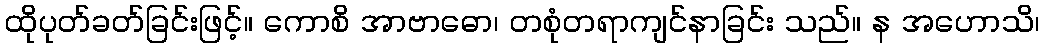
ထိုပုတ်ခတ်ခြင်းဖြင့်။ ကောစိ အာဗာဓော၊ တစုံတရာကျင်နာခြင်း သည်။ န အဟောသိ၊